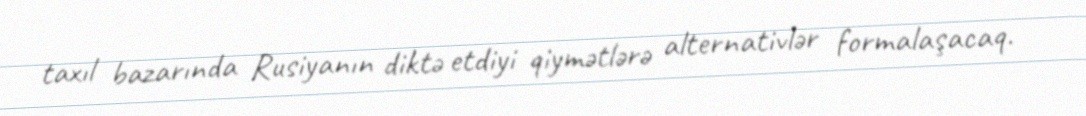
taxıl bazarında Rusiyanın diktə etdiyi qiymətlərə alternativlər formalaşacaq.